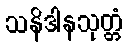
သနိဒါနသုတ္တံ